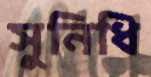
সুনিধি